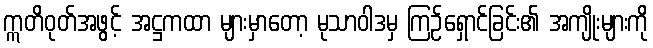
ဣတိဝုတ်အဖွင့် အဋ္ဌကထာ များမှာတော့ မုသာဝါဒမှ ကြဉ်ရှောင်ခြင်း၏ အကျိုးများကို